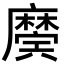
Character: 𢋲